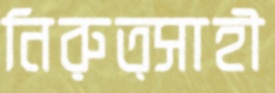
নিরুত্সাহী